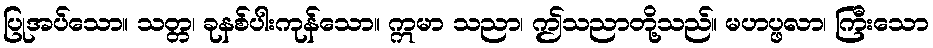
ပြုအပ်သော။ သတ္တ၊ ခုနစ်ပါးကုန်သော။ ဣမာ သညာ၊ ဤသညာတို့သည်။ မဟပ္ဖလာ၊ ကြီးသော